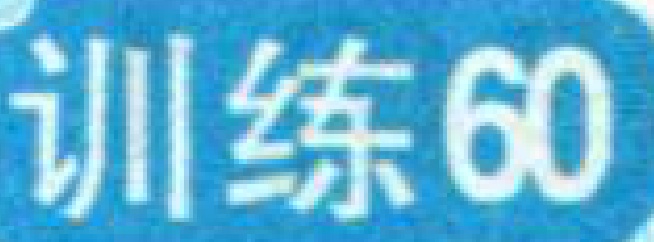
训练60